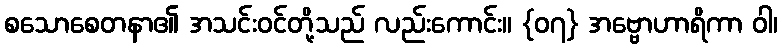
စသောစေတနာ၏ အသင်းဝင်တို့သည် လည်းကောင်း။ {၀၇} အဗ္ဗောဟာရိကာ ဝါ၊